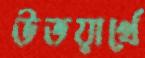
উভয়ার্থে